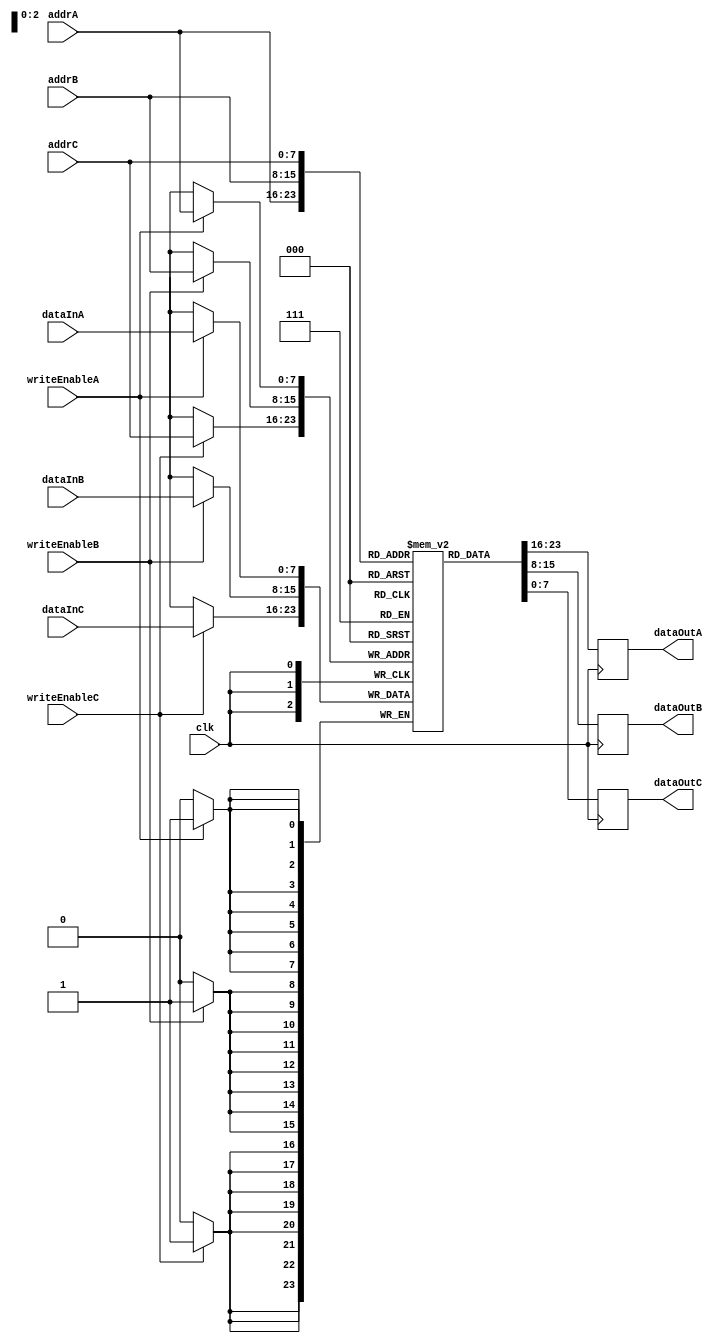
module TriplePortRegisterFile (
  input wire clk,
  input wire [7:0] addrA,
  input wire [7:0] addrB,
  input wire [7:0] addrC,
  input wire [7:0] dataInA,
  input wire [7:0] dataInB,
  input wire [7:0] dataInC,
  input wire writeEnableA,
  input wire writeEnableB,
  input wire writeEnableC,
  output reg [7:0] dataOutA,
  output reg [7:0] dataOutB,
  output reg [7:0] dataOutC
);

reg [7:0] memory [0:255]; // memory block with 256 locations

always @(posedge clk) begin
  if (writeEnableA) begin
    memory[addrA] <= dataInA;
  end
  
  if (writeEnableB) begin
    memory[addrB] <= dataInB;
  end
  
  if (writeEnableC) begin
    memory[addrC] <= dataInC;
  end
  
  dataOutA <= memory[addrA];
  dataOutB <= memory[addrB];
  dataOutC <= memory[addrC];
  
end

endmodule